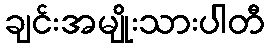
ချင်းအမျိုးသားပါတီ